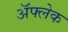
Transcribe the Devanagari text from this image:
अॅफ्लेक